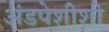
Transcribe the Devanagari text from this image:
अंडपेशीशी